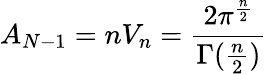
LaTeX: A_{N-1}=nV_{n}=\frac{2\pi^{\frac{n}{2}}}{\Gamma(\frac{n}{2})}